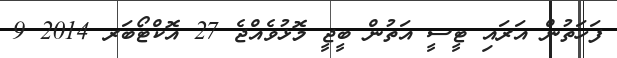
ފަހަތުން އަރައި ޓީސީ އަތުން ބީޖީ މޮޅުވެއްޖެ 27 އޮކްޓޯބަރ 2014 9